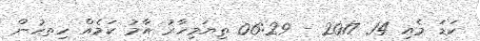
ކަޑަ މެއި 14